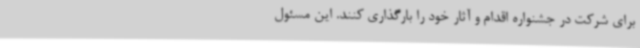
برای شرکت در جشنواره اقدام و آثار خود را بارگذاری کنند. این مسئول